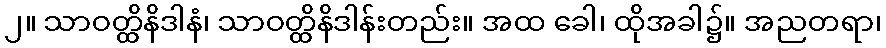
၂။ သာဝတ္ထိနိဒါနံ၊ သာဝတ္ထိနိဒါန်းတည်း။ အထ ခေါ၊ ထိုအခါ၌။ အညတရာ၊